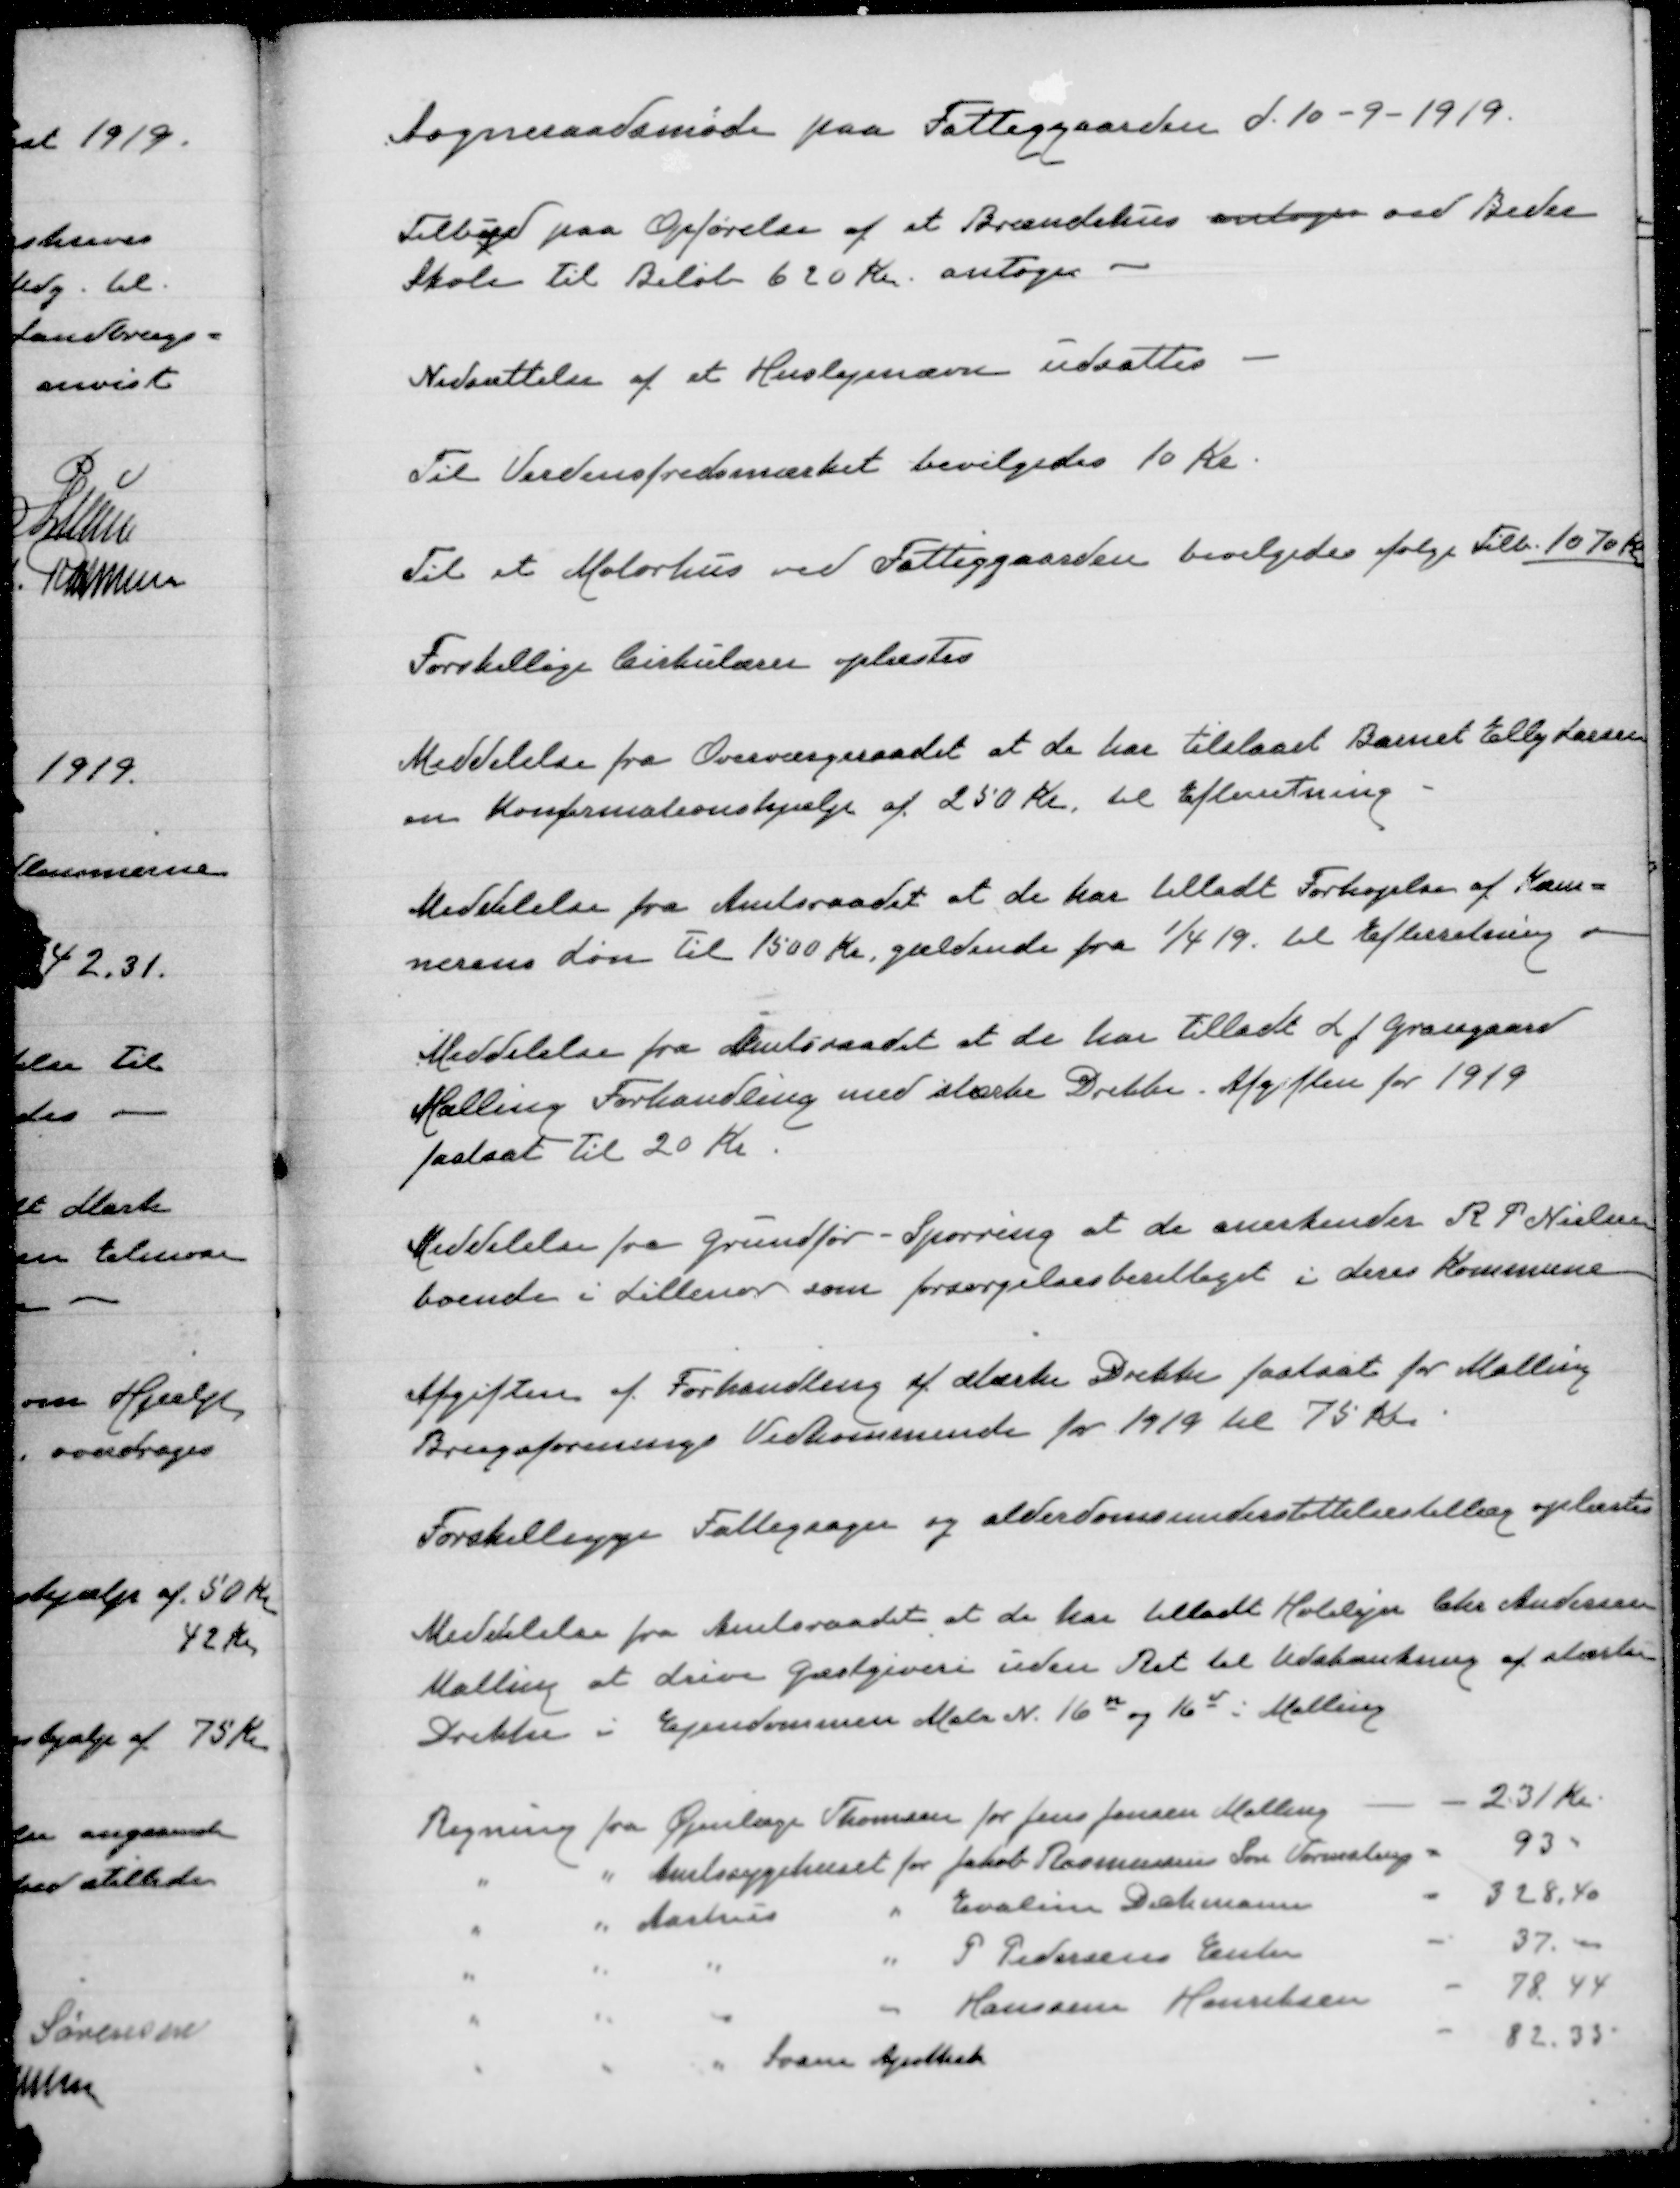
Transskription:
Sogneraadsmøde paa Fattiggaarden d. 10-9-1919

Tilbud paa Opførelse af et Brændehus antoges ved Beder
Skole til Beløb 620 Kr. antoges

Nedsættelse af et Huslejenævn udsattes

Til Verdensfredsmærket bevilgedes 10 Kr

Til et Motorhus ved Fattiggaarden bevilgedes følge Tilb. 1070 Kr

Forskellige Cirkulærer oplæstes

Meddelelse fra Overværgeraadet at de har tilstaaet Barnet Elly Larsen
en Konfirmationshjælp af 250 Kr til Efterretning

Meddelelse fra Amtsraadet at de har tilladt Forhøjelsen af Kæm=
nerens Løn til 1500 Kr gældende fra 1/4 19 til Efterretning

Meddelelse fra Amtsraadet at de har tilladt L J Grangaard
Malling Forhandling med stærke Drikke. Afgiften for 1919
fastsat til 20 Kr

Meddelelse fra Grundfør-Spørring at de anerkender R P Nielsen
boende i Lillenor forsørgelsesberettiget i deres Kommune

afgiften af Forhandling af stærke Drikke fastsat for Malling
Brugsforenings Vedkommende for 1919 til 75 Kr

Forskelligge Fattigsager og alderdomsunderstøttelsestillæg oplæste

Meddelelse fra Amtsraadet at de har tilbudt Hotelejer Chr Andersen
Malling at drive Gæstgiveri uden Ret til udskænkning af stærke
Drikke i Ejendommen Matr. N 16 M og 16 v i Malling